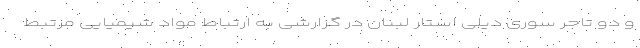
و دو تاجر سوری دیلی استار لبنان در گزارشی به ارتباط مواد شیمیایی مرتبط